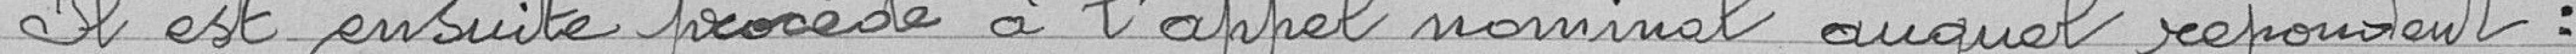
Il est ensuite procédé à l'appel normal auquel répondent  :